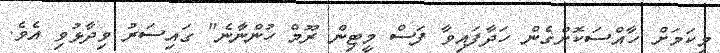
މިކަމަށް ހާއްސަކޮށްގެން ހަދާފައިވާ ފަސް މީޓިން ރޫމް ހުންނާނެ" ގައިސަރު ވިދާޅުވި އެވެ.